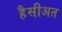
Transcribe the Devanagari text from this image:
हैसीअत